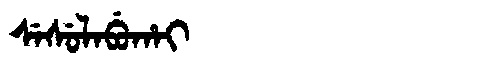
Manchu: ᠰᡝᠰᡠᠯᠠᠪᡠᡥᠠᡳ
Romanization: SESULABUHAI